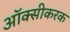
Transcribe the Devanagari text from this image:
ऑक्सीकरक